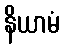
နိယာမံ